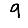
Digit: 9